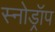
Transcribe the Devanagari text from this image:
स्नोड्रॉप